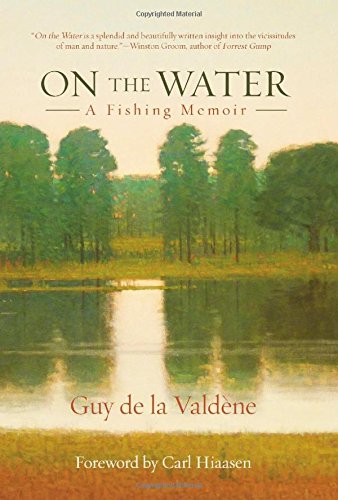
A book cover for On the Water: A Fishing Memoir; Guy de la Valdene; Science & Math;